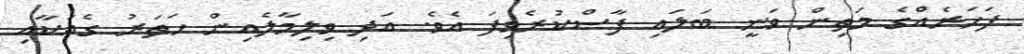
ފަހަރެއްގެ މަތިން ވަނީ ބަލައި ފާސްކުރެވިފަ އެވެ. އަދި ވިލިމާލެއިން ހަތަރު ގެއަކާއި